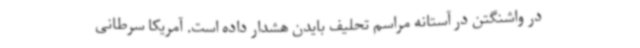
در واشنگتن در آستانه مراسم تحلیف بایدن هشدار داده است. آمریکا سرطانی